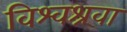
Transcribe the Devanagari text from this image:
विश्वश्रवा